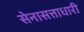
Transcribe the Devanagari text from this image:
सेनासत्ताधारी